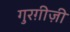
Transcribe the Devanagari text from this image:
गुरग़ीज़ी